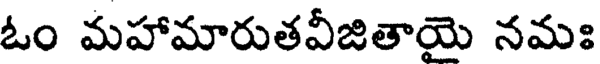
ఓం మహామారుతవీజితాయై నమః